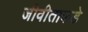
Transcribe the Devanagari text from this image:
जीवीताकडे